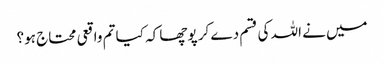
میں نے اللہ کی قسم دے کر پوچھا کہ کیا تم واقعی محتاج ہو؟